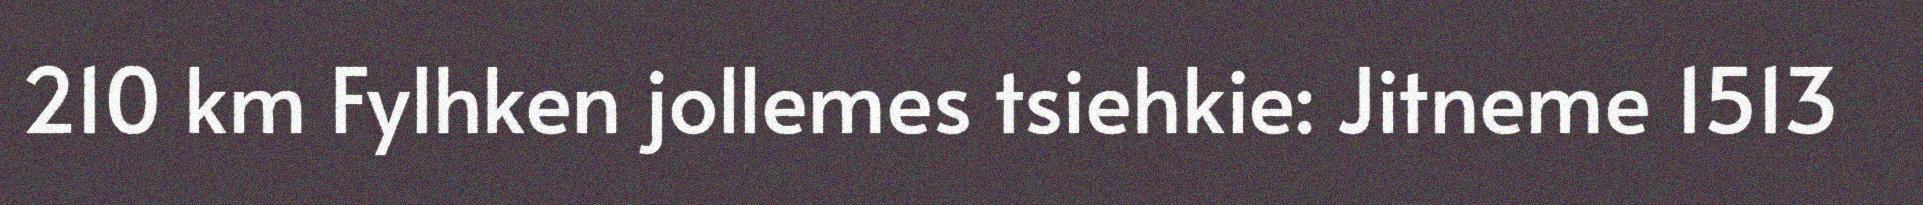
210 km Fylhken jollemes tsiehkie: Jitneme 1513